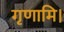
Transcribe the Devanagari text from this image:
गृणामि।